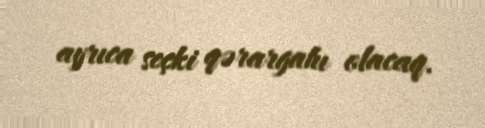
ayrıca seçki qərargahı olacaq.